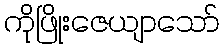
ကိုဖြိုးဇေယျာသော်